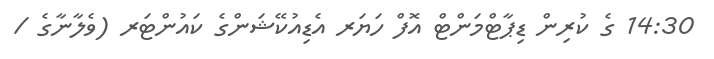
14:30 ގެ ކުރިން ޑިޕާޓްމަންޓް އޮފް ހަޔަރ އެޑިއުކޭޝަންގެ ކައުންޓަރ (ވެލާނާގެ /